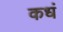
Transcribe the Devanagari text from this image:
कधं